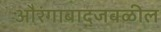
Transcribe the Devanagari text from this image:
औरंगाबादजवळील